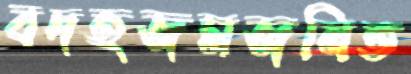
বদহজমজনিত